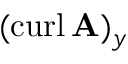
( \operatorname { c u r l } \mathbf { A } ) _ { y }